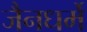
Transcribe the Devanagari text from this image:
जैनधर्मे